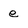
Character: e